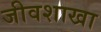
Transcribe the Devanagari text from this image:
जीवशाखा